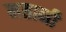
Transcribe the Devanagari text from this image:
मतानी